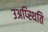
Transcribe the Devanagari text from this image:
उअप्स्थिति